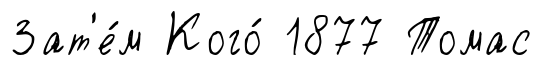
Зат'е́м Кого́ 1877 Томас